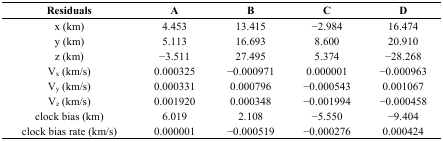
<table><thead><tr><td><b>Residuals</b></td><td><b>A</b></td><td><b>B</b></td><td><b>C</b></td><td><b>D</b></td></tr></thead><tbody><tr><td>x (km)</td><td>4.453</td><td>13.415</td><td>−2.984</td><td>16.474</td></tr><tr><td>y (km)</td><td>5.113</td><td>16.693</td><td>8.600</td><td>20.910</td></tr><tr><td>z (km)</td><td>−3.511</td><td>27.495</td><td>5.374</td><td>−28.268</td></tr><tr><td>V<sub>x</sub> (km/s)</td><td>0.000325</td><td>−0.000971</td><td>0.000001</td><td>−0.000963</td></tr><tr><td>V<sub>y</sub> (km/s)</td><td>0.000331</td><td>0.000796</td><td>−0.000543</td><td>0.001067</td></tr><tr><td>V<sub>z</sub> (km/s)</td><td>0.001920</td><td>0.000348</td><td>−0.001994</td><td>−0.000458</td></tr><tr><td>clock bias (km)</td><td>6.019</td><td>2.108</td><td>−5.550</td><td>−9.404</td></tr><tr><td>clock bias rate (km/s)</td><td>0.000001</td><td>−0.000519</td><td>−0.000276</td><td>0.000424</td></tr></tbody></table>